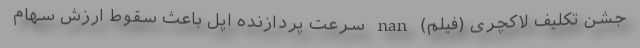
جشن تکلیف لاکچری (فیلم) nan سرعت پردازنده اپل باعث سقوط ارزش سهام